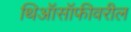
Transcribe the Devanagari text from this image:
थिऑसॉफीवरील